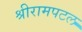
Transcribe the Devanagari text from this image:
श्रीरामपटल